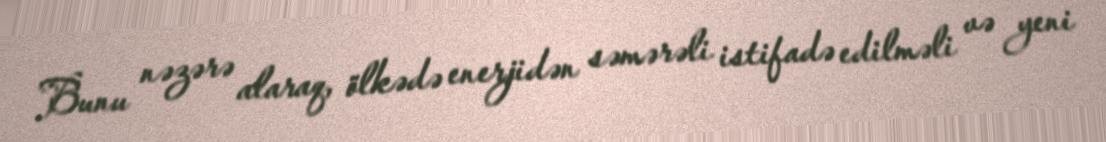
Bunu nəzərə alaraq, ölkədə enerjidən səmərəli istifadə edilməli və yeni